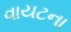
વાયટના